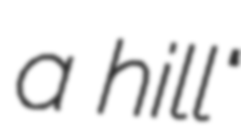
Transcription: a hill"